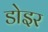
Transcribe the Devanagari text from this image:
डोइर